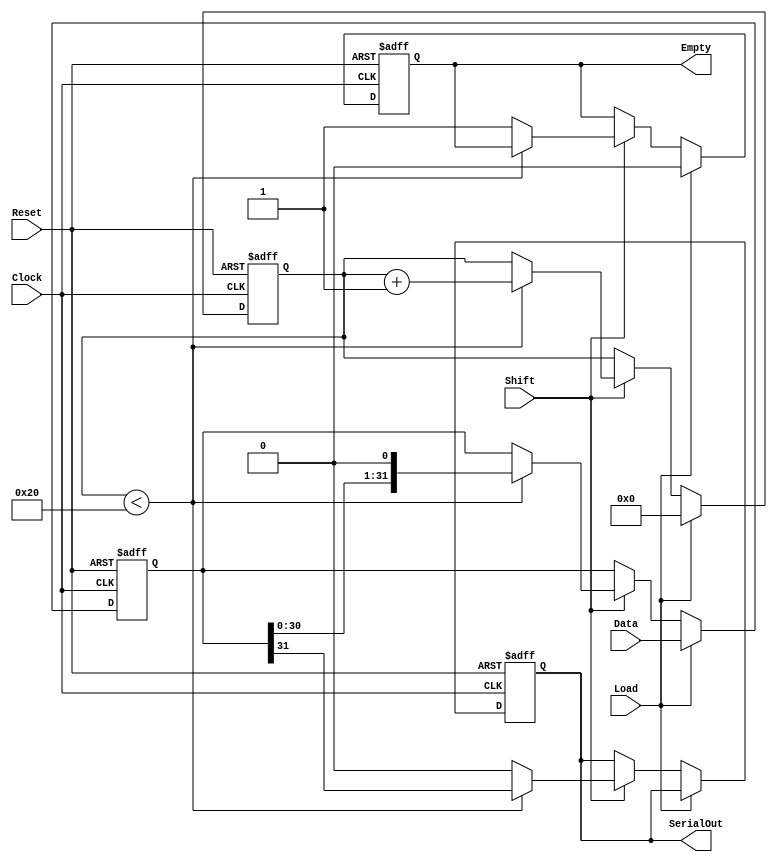
module PISO_Register (
    input wire [31:0] Data,      // 32-bit parallel input data
    input wire Load,              // Load control signal
    input wire Shift,             // Shift control signal
    input wire Clock,             // Clock signal
    input wire Reset,             // Asynchronous reset signal
    output reg SerialOut,         // Serial output
    output reg Empty              // Empty signal
);

    reg [31:0] shift_reg;         // 32-bit shift register
    reg [5:0] bit_counter;        // 6-bit counter to track bits shifted out

    always @(posedge Clock or posedge Reset) begin
        if (Reset) begin
            shift_reg <= 32'b0;    // Clear shift register
            bit_counter <= 6'b0;    // Clear bit counter
            SerialOut <= 1'b0;      // Clear SerialOut
            Empty <= 1'b1;          // Set Empty signal
        end else begin
            if (Load) begin
                shift_reg <= Data;  // Load data into shift register
                bit_counter <= 6'b0; // Reset bit counter
                Empty <= 1'b0;       // Set Empty signal to false
            end else if (Shift) begin
                if (bit_counter < 32) begin
                    SerialOut <= shift_reg[31]; // Shift out the MSB
                    shift_reg <= {shift_reg[30:0], 1'b0}; // Shift left
                    bit_counter <= bit_counter + 1; // Increment bit counter
                end else begin
                    SerialOut <= 1'b0; // After all bits are shifted out, SerialOut can be set to 0
                    Empty <= 1'b1;     // Set Empty signal to true
                end
            end
        end
    end

endmodule